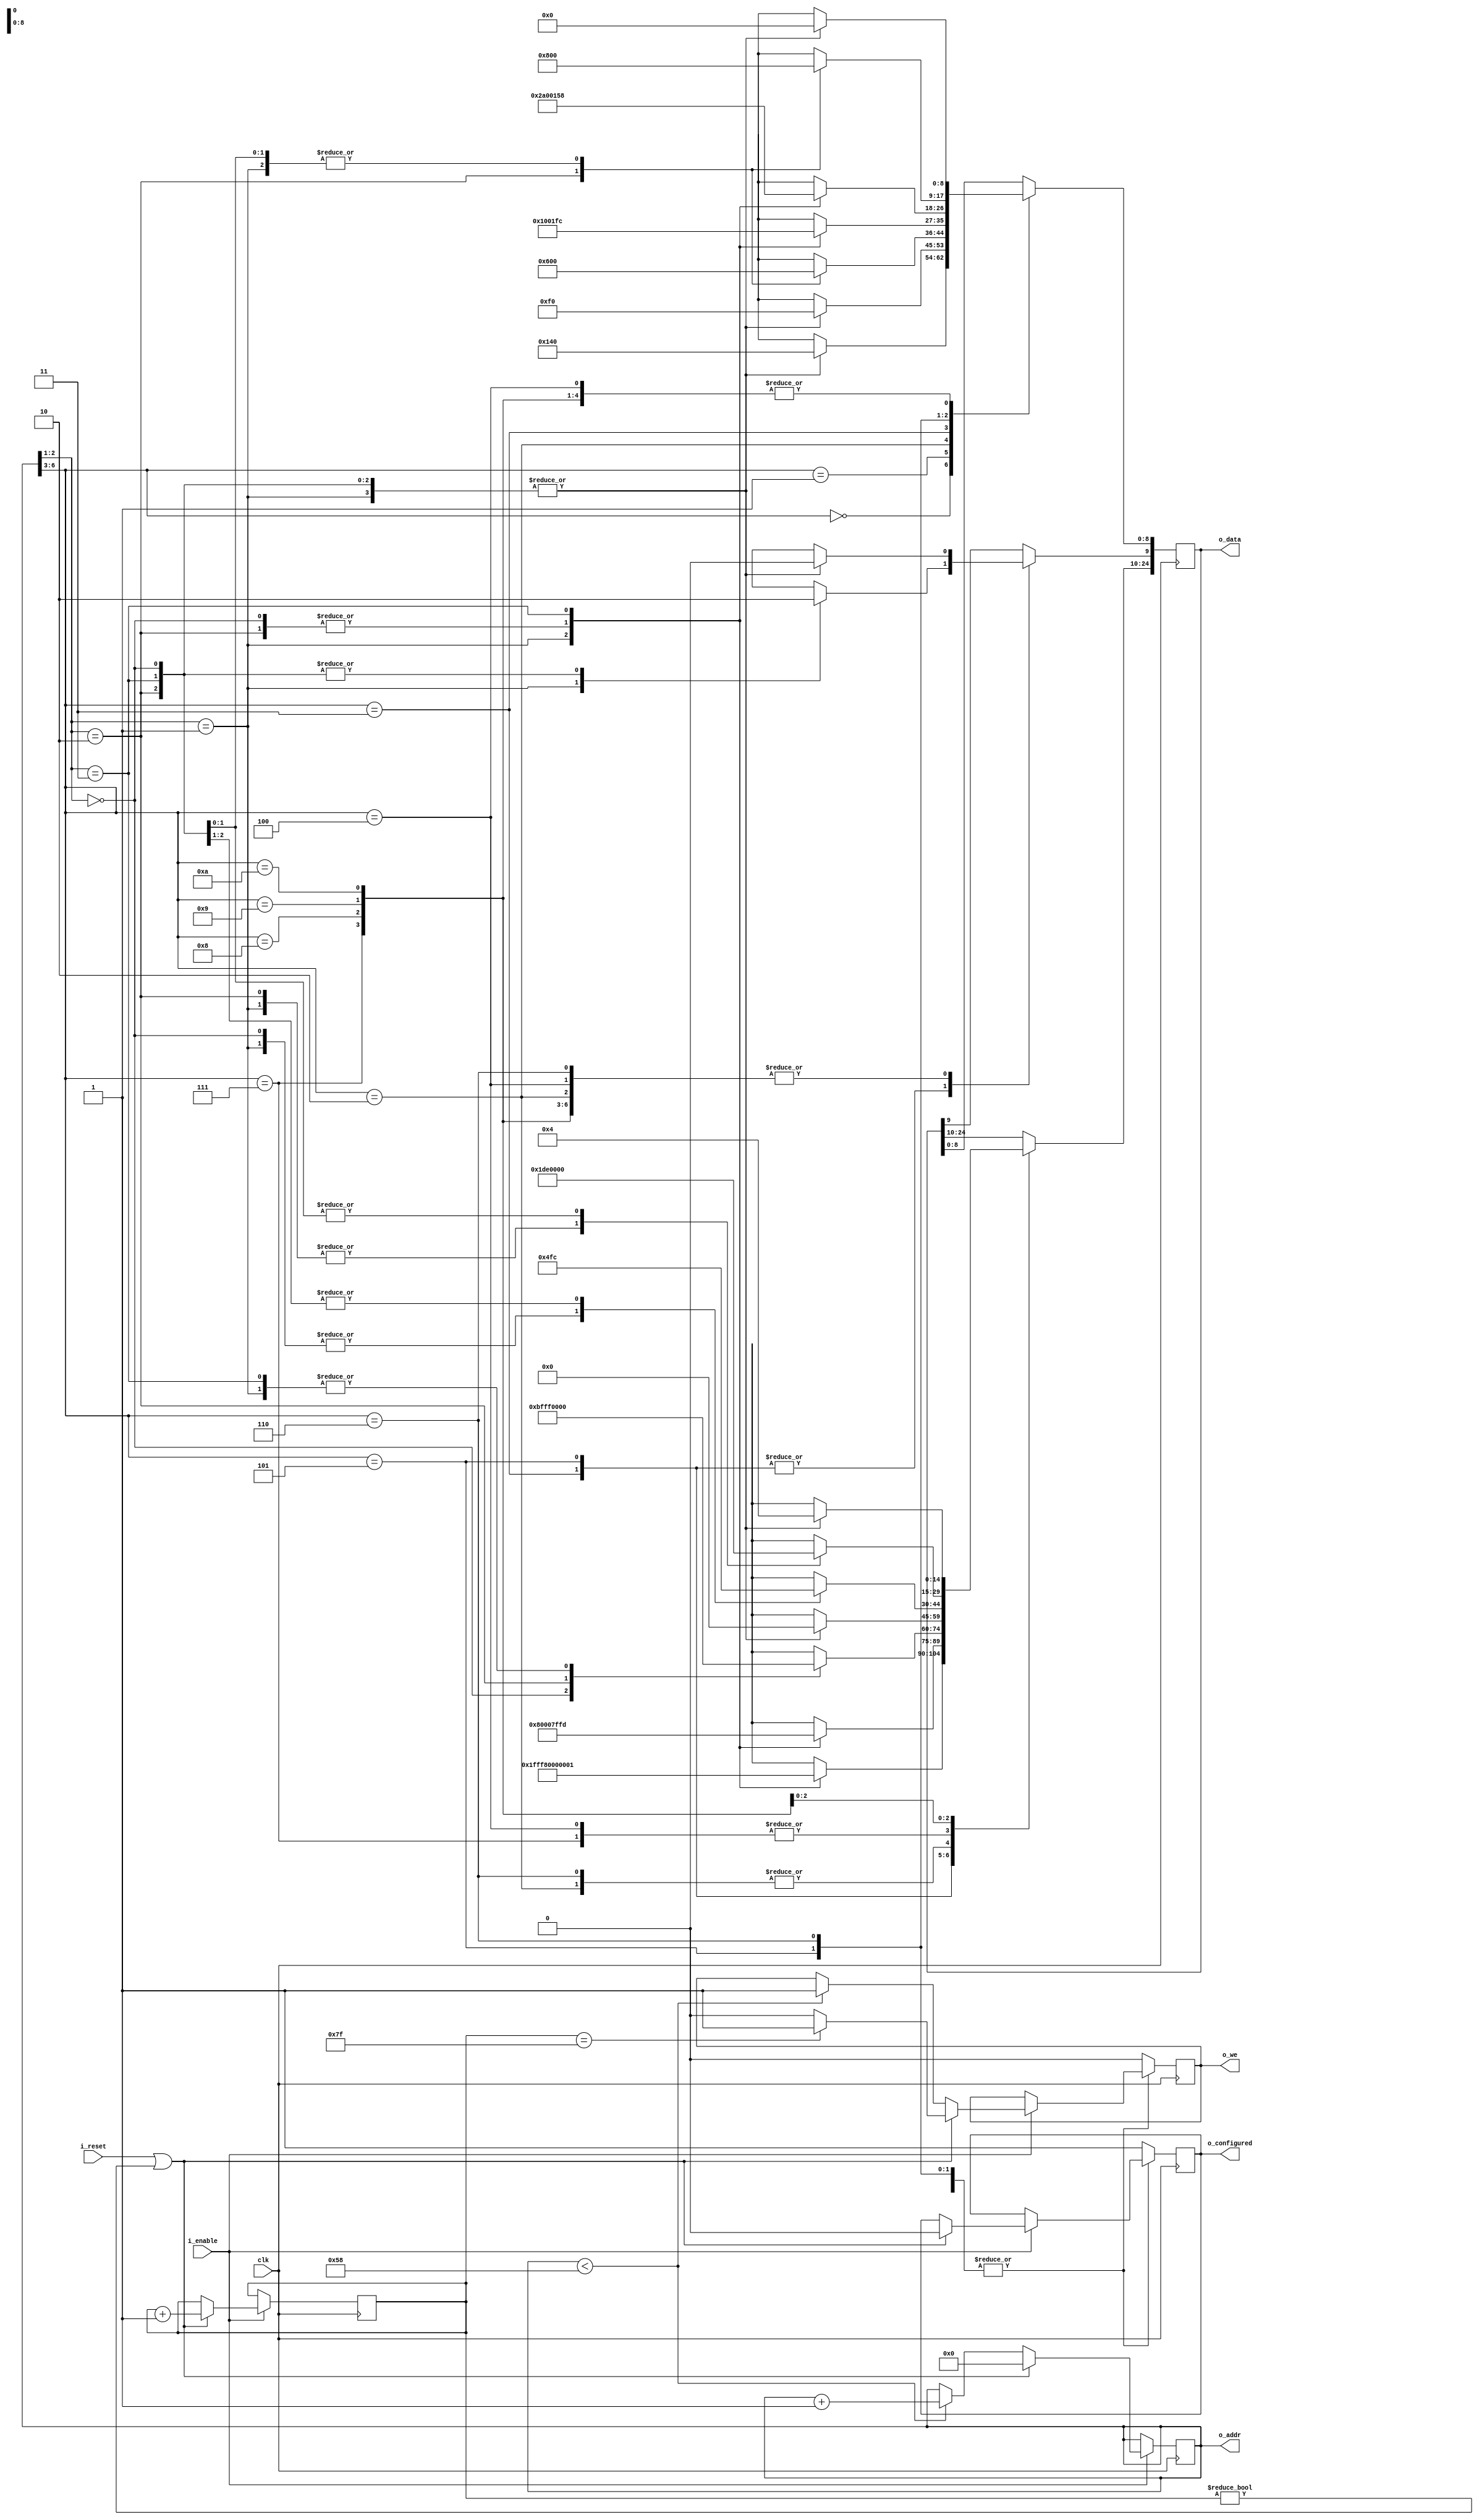
// Default parameters for image transform module
// Four MSB are actual registers
// next two bits are one of modes selected by swishes. 4 modes are avilable
// LSB are camera bit. avilable two cameras. Camera 0 and camera 1.
//  
//
module default_reg_writer #(parameter

    CAM_LINE        = 9,
    CAM_PIXEL       = 10,

// default settings for mode 0 camera 0
    TRA_IMG_WIDTH_0_0   = 'd320,
    TRA_IMG_DEPTH_0_0   = 'd240,
    T11_0_0 = 25'sb0_000000000000_100000000000,
    T12_0_0 = 25'sb0_000000000000_000000000000,
    T13_0_0 = 25'sb0_000000000000_000000000000,
    T21_0_0 = 25'sb0_000000000000_000000000000,
    T22_0_0 = 25'sb0_000000000000_100000000000,
    T23_0_0 = 25'sb0_000000000000_000000000000,
    T31_0_0 = 25'sb0_000000000000_000000000000,
    T32_0_0 = 25'sb0_000000000000_000000000000,
    T33_0_0 = 25'sb0_000000000001_000000000000,
// default settings for mode 0 camera 1 
    TRA_IMG_WIDTH_0_1   = 'd320,
    TRA_IMG_DEPTH_0_1   = 'd240,
    T11_0_1 = 25'sb0_000000000000_100000000000,
    T12_0_1 = 25'sb0_000000000000_000000000000,
    T13_0_1 = 25'sb0_000000000000_000000000000,
    T21_0_1 = 25'sb0_000000000000_000000000000,
    T22_0_1 = 25'sb0_000000000000_100000000000,
    T23_0_1 = 25'sb0_000000000000_000000000000,
    T31_0_1 = 25'sb0_000000000000_000000000000,
    T32_0_1 = 25'sb0_000000000000_000000000000,
    T33_0_1 = 25'sb0_000000000001_000000000000,
// default settings for mode 1 camera 0 
    TRA_IMG_WIDTH_1_0   = 'd320,
    TRA_IMG_DEPTH_1_0   = 'd240,
    T11_1_0 = 25'sh0000000,
    T12_1_0 = 25'sh1fffa04,
    T13_1_0 = 25'sh0000000,
    T21_1_0 = 25'sh0000aa8,
    T22_1_0 = 25'sh0000000,
    T23_1_0 = 25'sh0000000,
    T31_1_0 = 25'sh0000000,
    T32_1_0 = 25'sh00ef000,
    T33_1_0 = 25'sh0001000,
// default settings for mode 1 camera 1 
    TRA_IMG_WIDTH_1_1   = 'd320,
    TRA_IMG_DEPTH_1_1   = 'd240,
    T11_1_1 = 25'sh0000000,
    T12_1_1 = 25'sh1fffa04,
    T13_1_1 = 25'sh0000000,
    T21_1_1 = 25'sh0000aa8,
    T22_1_1 = 25'sh0000000,
    T23_1_1 = 25'sh0000000,
    T31_1_1 = 25'sh0000000,
    T32_1_1 = 25'sh00ef000,
    T33_1_1 = 25'sh0001000,
// default settings for mode 2 camera 0 
    TRA_IMG_WIDTH_2_0   = 'd320,
    TRA_IMG_DEPTH_2_0   = 'd240,
    T11_2_0 = 25'sh1fff803,
    T12_2_0 = 25'sh0000000,
    T13_2_0 = 25'sh0000000,
    T21_2_0 = 25'sh0000000,
    T22_2_0 = 25'sh1fff804,
    T23_2_0 = 25'sh0000000,
    T31_2_0 = 25'sh013f000,
    T32_2_0 = 25'sh00ef000,
    T33_2_0 = 25'sh0001000,
// default settings for mode 2 camera 1 
    TRA_IMG_WIDTH_2_1   = 'd320,
    TRA_IMG_DEPTH_2_1   = 'd240,
    T11_2_1 = 25'sh1fff803,
    T12_2_1 = 25'sh0000000,
    T13_2_1 = 25'sh0000000,
    T21_2_1 = 25'sh0000000,
    T22_2_1 = 25'sh1fff804,
    T23_2_1 = 25'sh0000000,
    T31_2_1 = 25'sh013f000,
    T32_2_1 = 25'sh00ef000,
    T33_2_1 = 25'sh0001000,
// default settings for mode 3 camera 0 
    TRA_IMG_WIDTH_3_0   = 'd320,
    TRA_IMG_DEPTH_3_0   = 'd240,
    T11_3_0 = 25'sh0000000,
    T12_3_0 = 25'sh00005fc,
    T13_3_0 = 25'sh0000000,
    T21_3_0 = 25'sh1fff558,
    T22_3_0 = 25'sh0000000,
    T23_3_0 = 25'sh0000000,
    T31_3_0 = 25'sh013f000,
    T32_3_0 = 25'sh0000000,
    T33_3_0 = 25'sh0001000,
// default settings for mode 3 camera 1 
    TRA_IMG_WIDTH_3_1   = 'd320,
    TRA_IMG_DEPTH_3_1   = 'd240,
    T11_3_1 = 25'sh0000000,
    T12_3_1 = 25'sh00005fc,
    T13_3_1 = 25'sh0000000,
    T21_3_1 = 25'sh1fff558,
    T22_3_1 = 25'sh0000000,
    T23_3_1 = 25'sh0000000,
    T31_3_1 = 25'sh013f000,
    T32_3_1 = 25'sh0000000,
    T33_3_1 = 25'sh0001000
)(
    input           clk,
    input           i_enable,
    input           i_reset,
    output          o_configured,
    output [6:0]    o_addr ,
    output [24:0]   o_data ,
    output          o_we 
);

// Internal variables and registers

reg         r_configured = 0;
reg [6:0]   r_divider = 7'b0000001; // this value gives a 127 cycle pause before the initial frame is sent
reg [6:0]   r_count = 'b0;
reg [24:0]  r_data = 'b0;
reg         r_we = 'b0;



//------------------ synchonus logic------------------
always @ (posedge clk) begin
if(i_enable)begin
    if (i_reset || r_divider != 0 ) begin
        r_count <= 0;
        r_divider <= r_divider + 1;
        r_configured <= 0;
            if (r_divider == 'd127) r_we <= 1;
            else                    r_we <= 0;
    end
    else if ( r_count < 88 ) begin  
        r_count <= r_count + 1;
        r_we <= 1;
    end
end

        case (r_count[6:3]) // select parameter
            'd0   : begin
                        case (r_count[2:1]) // select mode
                            'd0 :   begin
                                        case (r_count[0]) // select camera
                                            'd0 :   r_data[CAM_PIXEL-1:0] <= TRA_IMG_WIDTH_0_0;
                                            'd1 :   r_data[CAM_PIXEL-1:0] <= TRA_IMG_WIDTH_0_1;
                                        endcase
                                    end
                            'd1 :   begin
                                        case (r_count[0]) // select camera
                                            'd0 :   r_data[CAM_PIXEL-1:0] <= TRA_IMG_WIDTH_1_0;
                                            'd1 :   r_data[CAM_PIXEL-1:0] <= TRA_IMG_WIDTH_1_1;
                                        endcase
                                    end
                            'd2 :   begin
                                        case (r_count[0]) // select camera
                                            'd0 :   r_data[CAM_PIXEL-1:0] <= TRA_IMG_WIDTH_2_0;
                                            'd1 :   r_data[CAM_PIXEL-1:0] <= TRA_IMG_WIDTH_2_1;
                                        endcase
                                    end
                            'd3 :   begin
                                        case (r_count[0]) // select camera
                                            'd0 :   r_data[CAM_PIXEL-1:0] <= TRA_IMG_WIDTH_3_0;
                                            'd1 :   r_data[CAM_PIXEL-1:0] <= TRA_IMG_WIDTH_3_1;
                                        endcase
                                    end
                        endcase
                    end
            'd1   : begin
                        case (r_count[2:1]) // select mode
                            'd0 :   begin
                                        case (r_count[0]) // select camera
                                            'd0 :   r_data[CAM_LINE-1:0] <= TRA_IMG_DEPTH_0_0;
                                            'd1 :   r_data[CAM_LINE-1:0] <= TRA_IMG_DEPTH_0_1;
                                        endcase
                                    end
                            'd1 :   begin
                                        case (r_count[0]) // select camera
                                            'd0 :   r_data[CAM_LINE-1:0] <= TRA_IMG_DEPTH_1_0;
                                            'd1 :   r_data[CAM_LINE-1:0] <= TRA_IMG_DEPTH_1_1;
                                        endcase
                                    end
                            'd2 :   begin
                                        case (r_count[0]) // select camera
                                            'd0 :   r_data[CAM_LINE-1:0] <= TRA_IMG_DEPTH_2_0;
                                            'd1 :   r_data[CAM_LINE-1:0] <= TRA_IMG_DEPTH_2_1;
                                        endcase
                                    end
                            'd3 :   begin
                                        case (r_count[0]) // select camera
                                            'd0 :   r_data[CAM_LINE-1:0] <= TRA_IMG_DEPTH_3_0;
                                            'd1 :   r_data[CAM_LINE-1:0] <= TRA_IMG_DEPTH_3_1;
                                        endcase
                                    end
                        endcase
                    end
            'd2   : begin
                        case (r_count[2:1]) // select mode
                            'd0 :   begin
                                        case (r_count[0]) // select camera
                                            'd0 :   r_data <= T11_0_0;
                                            'd1 :   r_data <= T11_0_1;
                                        endcase
                                    end
                            'd1 :   begin
                                        case (r_count[0]) // select camera
                                            'd0 :   r_data <= T11_1_0;
                                            'd1 :   r_data <= T11_1_1;
                                        endcase
                                    end
                            'd2 :   begin
                                        case (r_count[0]) // select camera
                                            'd0 :   r_data <= T11_2_0;
                                            'd1 :   r_data <= T11_2_1;
                                        endcase
                                    end
                            'd3 :   begin
                                        case (r_count[0]) // select camera
                                            'd0 :   r_data <= T11_3_0;
                                            'd1 :   r_data <= T11_3_1;
                                        endcase
                                    end
                        endcase
                    end
            'd3   : begin
                        case (r_count[2:1]) // select mode
                            'd0 :   begin
                                        case (r_count[0]) // select camera
                                            'd0 :   r_data <= T12_0_0;
                                            'd1 :   r_data <= T12_0_1;
                                        endcase
                                    end
                            'd1 :   begin
                                        case (r_count[0]) // select camera
                                            'd0 :   r_data <= T12_1_0;
                                            'd1 :   r_data <= T12_1_1;
                                        endcase
                                    end
                            'd2 :   begin
                                        case (r_count[0]) // select camera
                                            'd0 :   r_data <= T12_2_0;
                                            'd1 :   r_data <= T12_2_1;
                                        endcase
                                    end
                            'd3 :   begin
                                        case (r_count[0]) // select camera
                                            'd0 :   r_data <= T12_3_0;
                                            'd1 :   r_data <= T12_3_1;
                                        endcase
                                    end
                        endcase
                    end
            'd4   : begin
                        case (r_count[2:1]) // select mode
                            'd0 :   begin
                                        case (r_count[0]) // select camera
                                            'd0 :   r_data <= T13_0_0;
                                            'd1 :   r_data <= T13_0_1;
                                        endcase
                                    end
                            'd1 :   begin
                                        case (r_count[0]) // select camera
                                            'd0 :   r_data <= T13_1_0;
                                            'd1 :   r_data <= T13_1_1;
                                        endcase
                                    end
                            'd2 :   begin
                                        case (r_count[0]) // select camera
                                            'd0 :   r_data <= T13_2_0;
                                            'd1 :   r_data <= T13_2_1;
                                        endcase
                                    end
                            'd3 :   begin
                                        case (r_count[0]) // select camera
                                            'd0 :   r_data <= T13_3_0;
                                            'd1 :   r_data <= T13_3_1;
                                        endcase
                                    end
                        endcase
                    end
            'd5   : begin
                        case (r_count[2:1]) // select mode
                            'd0 :   begin
                                        case (r_count[0]) // select camera
                                            'd0 :   r_data <= T21_0_0;
                                            'd1 :   r_data <= T21_0_1;
                                        endcase
                                    end
                            'd1 :   begin
                                        case (r_count[0]) // select camera
                                            'd0 :   r_data <= T21_1_0;
                                            'd1 :   r_data <= T21_1_1;
                                        endcase
                                    end
                            'd2 :   begin
                                        case (r_count[0]) // select camera
                                            'd0 :   r_data <= T21_2_0;
                                            'd1 :   r_data <= T21_2_1;
                                        endcase
                                    end
                            'd3 :   begin
                                        case (r_count[0]) // select camera
                                            'd0 :   r_data <= T21_3_0;
                                            'd1 :   r_data <= T21_3_1;
                                        endcase
                                    end
                        endcase
                    end
            'd6   : begin
                        case (r_count[2:1]) // select mode
                            'd0 :   begin
                                        case (r_count[0]) // select camera
                                            'd0 :   r_data <= T22_0_0;
                                            'd1 :   r_data <= T22_0_1;
                                        endcase
                                    end
                            'd1 :   begin
                                        case (r_count[0]) // select camera
                                            'd0 :   r_data <= T22_1_0;
                                            'd1 :   r_data <= T22_1_1;
                                        endcase
                                    end
                            'd2 :   begin
                                        case (r_count[0]) // select camera
                                            'd0 :   r_data <= T22_2_0;
                                            'd1 :   r_data <= T22_2_1;
                                        endcase
                                    end
                            'd3 :   begin
                                        case (r_count[0]) // select camera
                                            'd0 :   r_data <= T22_3_0;
                                            'd1 :   r_data <= T22_3_1;
                                        endcase
                                    end
                        endcase
                    end
            'd7   : begin
                        case (r_count[2:1]) // select mode
                            'd0 :   begin
                                        case (r_count[0]) // select camera
                                            'd0 :   r_data <= T23_0_0;
                                            'd1 :   r_data <= T23_0_1;
                                        endcase
                                    end
                            'd1 :   begin
                                        case (r_count[0]) // select camera
                                            'd0 :   r_data <= T23_1_0;
                                            'd1 :   r_data <= T23_1_1;
                                        endcase
                                    end
                            'd2 :   begin
                                        case (r_count[0]) // select camera
                                            'd0 :   r_data <= T23_2_0;
                                            'd1 :   r_data <= T23_2_1;
                                        endcase
                                    end
                            'd3 :   begin
                                        case (r_count[0]) // select camera
                                            'd0 :   r_data <= T23_3_0;
                                            'd1 :   r_data <= T23_3_1;
                                        endcase
                                    end
                        endcase
                    end
            'd8   : begin
                        case (r_count[2:1]) // select mode
                            'd0 :   begin
                                        case (r_count[0]) // select camera
                                            'd0 :   r_data <= T31_0_0;
                                            'd1 :   r_data <= T31_0_1;
                                        endcase
                                    end
                            'd1 :   begin
                                        case (r_count[0]) // select camera
                                            'd0 :   r_data <= T31_1_0;
                                            'd1 :   r_data <= T31_1_1;
                                        endcase
                                    end
                            'd2 :   begin
                                        case (r_count[0]) // select camera
                                            'd0 :   r_data <= T31_2_0;
                                            'd1 :   r_data <= T31_2_1;
                                        endcase
                                    end
                            'd3 :   begin
                                        case (r_count[0]) // select camera
                                            'd0 :   r_data <= T31_3_0;
                                            'd1 :   r_data <= T31_3_1;
                                        endcase
                                    end
                        endcase
                    end  
            'd9   : begin
                        case (r_count[2:1]) // select mode
                            'd0 :   begin
                                        case (r_count[0]) // select camera
                                            'd0 :   r_data <= T32_0_0;
                                            'd1 :   r_data <= T32_0_1;
                                        endcase
                                    end
                            'd1 :   begin
                                        case (r_count[0]) // select camera
                                            'd0 :   r_data <= T32_1_0;
                                            'd1 :   r_data <= T32_1_1;
                                        endcase
                                    end
                            'd2 :   begin
                                        case (r_count[0]) // select camera
                                            'd0 :   r_data <= T32_2_0;
                                            'd1 :   r_data <= T32_2_1;
                                        endcase
                                    end
                            'd3 :   begin
                                        case (r_count[0]) // select camera
                                            'd0 :   r_data <= T32_3_0;
                                            'd1 :   r_data <= T32_3_1;
                                        endcase
                                    end
                        endcase
                    end
            'd10  : begin
                        case (r_count[2:1]) // select mode
                            'd0 :   begin
                                        case (r_count[0]) // select camera
                                            'd0 :   r_data <= T33_0_0;
                                            'd1 :   r_data <= T33_0_1;
                                        endcase
                                    end
                            'd1 :   begin
                                        case (r_count[0]) // select camera
                                            'd0 :   r_data <= T33_1_0;
                                            'd1 :   r_data <= T33_1_1;
                                        endcase
                                    end
                            'd2 :   begin
                                        case (r_count[0]) // select camera
                                            'd0 :   r_data <= T33_2_0;
                                            'd1 :   r_data <= T33_2_1;
                                        endcase
                                    end
                            'd3 :   begin
                                        case (r_count[0]) // select camera
                                            'd0 :   r_data <= T33_3_0;
                                            'd1 :   r_data <= T33_3_1;
                                        endcase
                                    end
                        endcase
                    end          
            default: begin  
                    r_configured <= 1; // default case just in case do nothing
                    r_we <= 0;
                    end
        endcase
end
//----------- combinational logic ----------------------

assign o_configured = r_configured;
assign o_addr = r_count;
assign o_data = r_data;
assign o_we = r_we;
endmodule